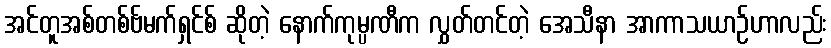
အင်တူအစ်တစ်ဗ်မက်ရှင်စ် ဆိုတဲ့ နောက်ကုမ္ပဏီက လွှတ်တင်တဲ့ အေသီနာ အာကာသယာဉ်ဟာလည်း